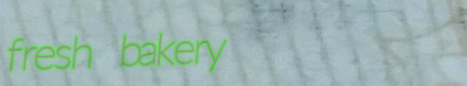
fresh bakery